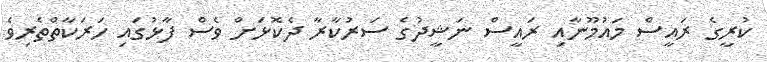
ކުރީގެ ރައީސް މައުމޫނާއި ރައީސް ނަޝީދުގެ ސަރުކާރާ ދެކޮޅަށް ވެސް ފާޅުގައި ހަރަކާތްތެރިވެ